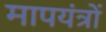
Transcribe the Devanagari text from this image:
मापयंत्रों